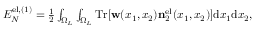
\begin{array} { r } { { \cal E } _ { N } ^ { \ensuremath { \mathrm { e l } } , ( 1 ) } = \frac { 1 } { 2 } \int _ { \Omega _ { L } } \int _ { \Omega _ { L } } \ensuremath { \mathrm { T r } } [ \ensuremath { \mathbf { w } } ( x _ { 1 } , x _ { 2 } ) \ensuremath { \mathbf { n } } _ { 2 } ^ { \ensuremath { \mathrm { e l } } } ( x _ { 1 } , x _ { 2 } ) ] \ensuremath { \mathrm { d } } x _ { 1 } \ensuremath { \mathrm { d } } x _ { 2 } , } \end{array}